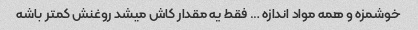
خوشمزه و همه مواد اندازه … فقط یه مقدار کاش میشد روغنش کمتر باشه